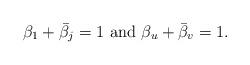
LaTeX: \begin{align*}\beta_1 + \bar{\beta_j} = 1 \,\, {\rm and }\,\, \beta_u + \bar{\beta}_v=1.\end{align*}